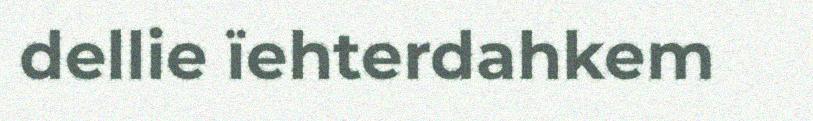
dellie ïehterdahkem